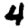
Digit: 4